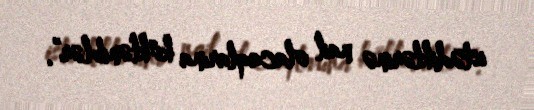
istədiklərinə nail olacaqlarına kökləniblər”.